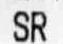
SR